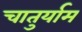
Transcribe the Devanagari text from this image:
चातुर्याम